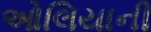
ઓલિયાની